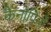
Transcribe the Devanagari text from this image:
कैनोपिनों